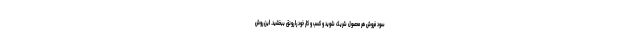
سود فروش هر محصول شریک شوید و کسب و کار خود را رونق ببخشید. این روش